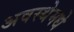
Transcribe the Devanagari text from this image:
अवस्थेमधे